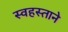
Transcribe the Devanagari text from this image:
स्वहस्ताने